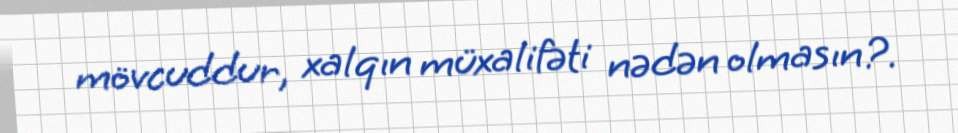
mövcuddur, xalqın müxalifəti nədən olmasın?.